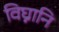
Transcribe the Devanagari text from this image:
विघ्नानि